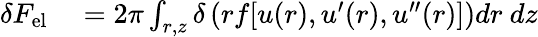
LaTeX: \begin{array}{rl}{\delta{F}_{\mathrm{{el}}}}&{{}=2\pi\int_{r,z}\delta\left(rf[u(r),u^{\prime}(r),u^{\prime\prime}(r)]\right)dr\ dz}\end{array}